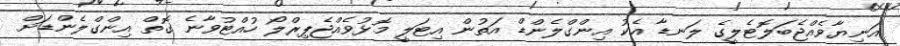
އަނިޔާވެއްޖެބަލޮޓެލީގެ ލަނޑާ އެކު އިންގްލެންޑް އަތުން އިޓަލީ މޮޅުވެއްޖެޕިރްލޯ ހުއްޓުވާނެ ގޮތް އިންގްލެންޑަށް